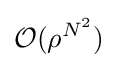
{\mathcal {O}}(\rho ^{N^{2}})